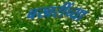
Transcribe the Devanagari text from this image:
बखरींच्या